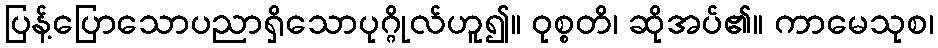
ပြန့်ပြောသောပညာရှိသောပုဂ္ဂိုလ်ဟူ၍။ ဝုစ္စတိ၊ ဆိုအပ်၏။ ကာမေသုစ၊